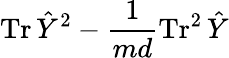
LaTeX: \operatorname{Tr}\hat{Y}^{2}-\frac{1}{md}\operatorname{Tr}^{2}\hat{Y}